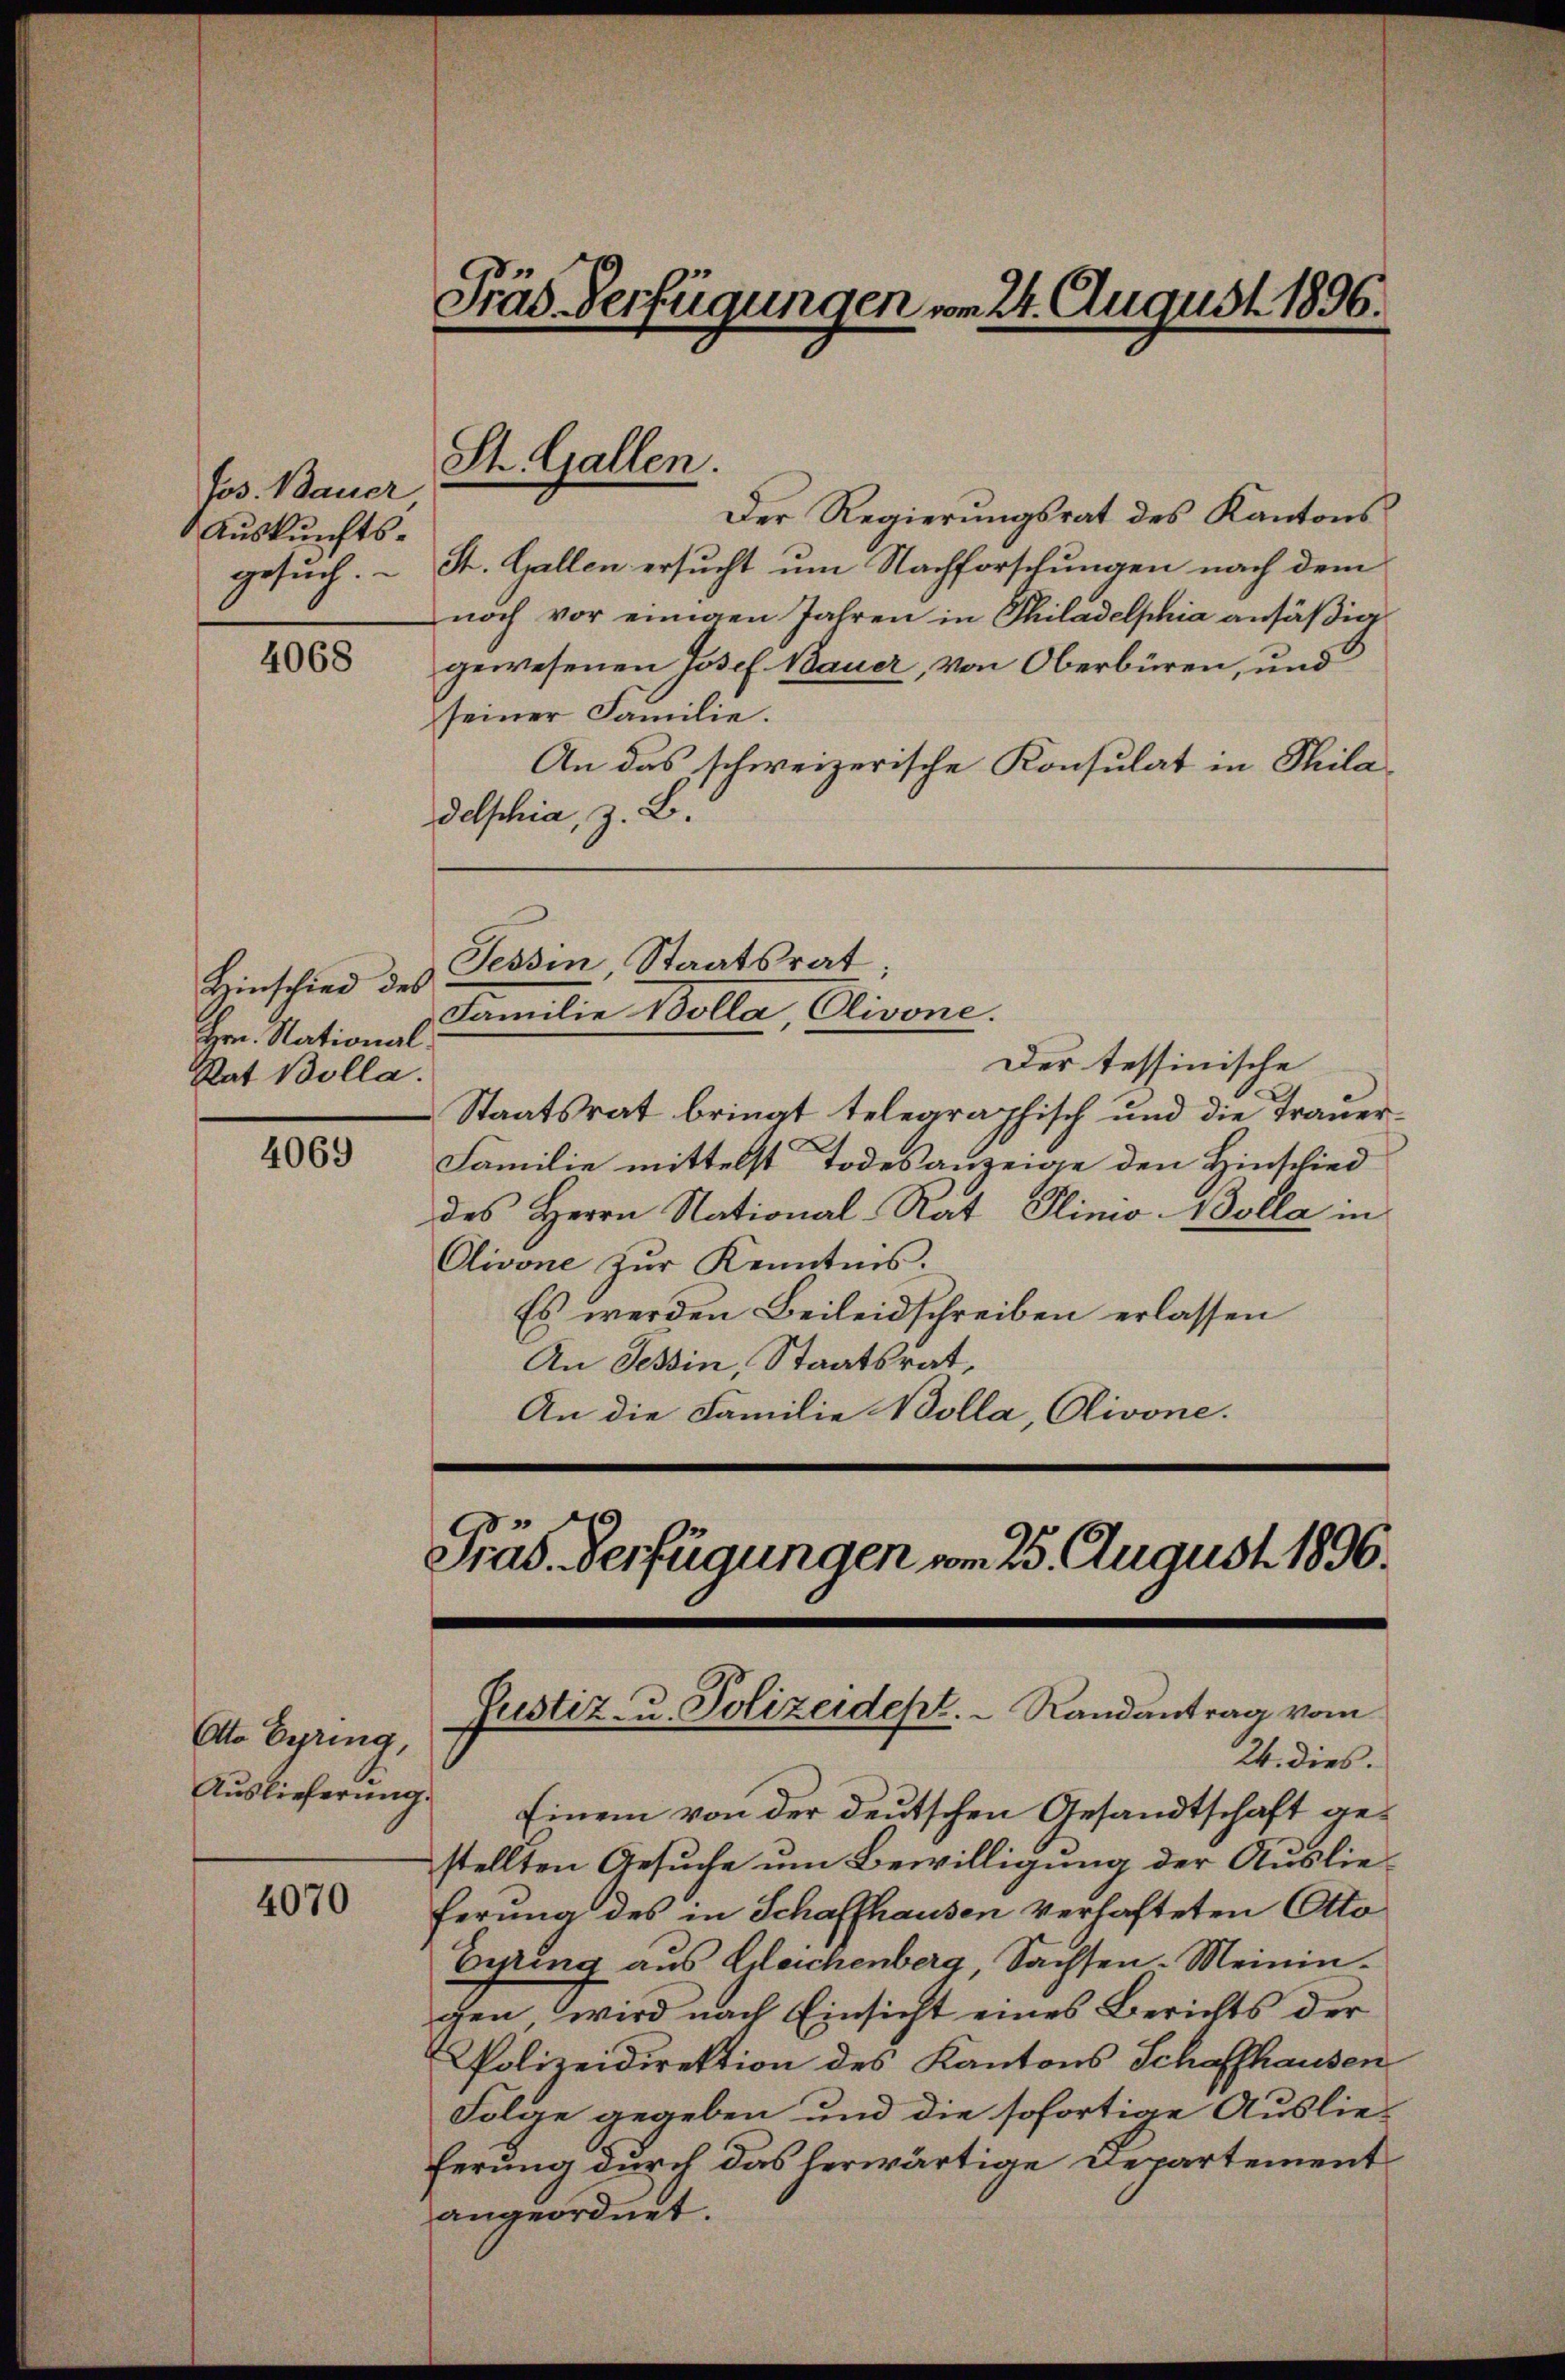
Jos. Bauer
Auskunfts-

4068

Hinschied des
Hrn. National¬
Rat Bolla.

4069

4070

Otto Eyring,
Auslieferung.

Präs. Verfügungen vom 24. August 1896.

Der Regierungsrat des Kantons
gesuch. – St. Gallen ersucht um Nachforschungen nach dem
noch vor einigen Jahren in Thiladelphia ansäßig
gewesenen Josef Bauer, von Oberbüren, und
seiner Familie.
An das schweizerische Konsulat in Phila
delphia, z. B.
Der tessinische
Staatsrat brinat telegraphisch und die Trauer¬
Familie mittelst Todesanzeige den Hinschied
des Herrn National-Rat Plino Bolla in
Olivone zŭr Kenntnis.
Es werden Beileidschreiben erlassen
An Tessin, Staatsrat,
An die Familie Bolla, Olivone.
Präs. Verfügungen vom 25. August 1896.

St. Gallen.

Tessin Staatsrat
Familie Bolla, Olivone.

Justiz- u. Polizeidept.  Randantrag vom
24. dies.

Einem von der deutschen Gesandtschaft gestellten Gesuche um Bewilligung der Auslieferung des in Schaffhausen verhafteten Otto
Euring aus Gleichenberg, Sachsen-Meiningen wird nach Einsicht eines Berichts der
Polizeidirektion des Kantons Schaffhausen
Folge gegeben und die sofortige Auslie-
ferung durch das herwärtige Departement
angeordnet.